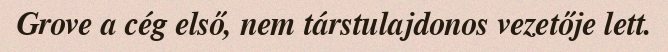
Grove a cég első, nem társtulajdonos vezetője lett.